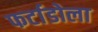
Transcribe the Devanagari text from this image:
फर्टाडोला